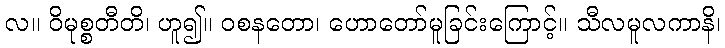
လ။ ဝိမုစ္စတီတိ၊ ဟူ၍။ ဝစနတော၊ ဟောတော်မူခြင်းကြောင့်။ သီလမူလကာနိ၊